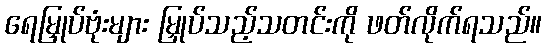
ရေမြှုပ်ဗုံးများ မြှုပ်သည့်သတင်းကို ဖတ်လိုက်ရသည်။